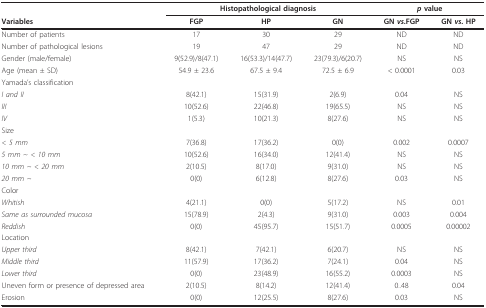
<table><thead><tr><td></td><td colspan="3"><b>Histopathological diagnosis</b></td><td colspan="2"><b><i>p </i>value</b></td></tr><tr><td><b>Variables</b></td><td><b>FGP</b></td><td><b>HP</b></td><td><b>GN</b></td><td><b>GN <i>vs</i>.FGP</b></td><td><b>GN <i>vs</i>. HP</b></td></tr></thead><tbody><tr><td>Number of patients</td><td>17</td><td>30</td><td>29</td><td>ND</td><td>ND</td></tr><tr><td>Number of pathological lesions</td><td>19</td><td>47</td><td>29</td><td>ND</td><td>ND</td></tr><tr><td>Gender (male/female)</td><td>9(52.9)/8(47.1)</td><td>16(53.3)/14(47.7)</td><td>23(79.3)/6(20.7)</td><td>NS</td><td>NS</td></tr><tr><td>Age (mean ± SD)</td><td>54.9 ± 23.6</td><td>67.5 ± 9.4</td><td>72.5 ± 6.9</td><td>&lt; 0.0001</td><td>0.03</td></tr><tr><td colspan="6">Yamada&#x27;s classification</td></tr><tr><td><i>I and II</i></td><td>8(42.1)</td><td>15(31.9)</td><td>2(6.9)</td><td>0.04</td><td>NS</td></tr><tr><td><i>III</i></td><td>10(52.6)</td><td>22(46.8)</td><td>19(65.5)</td><td>NS</td><td>NS</td></tr><tr><td><i>IV</i></td><td>1(5.3)</td><td>10(21.3)</td><td>8(27.6)</td><td>NS</td><td>NS</td></tr><tr><td colspan="6">Size</td></tr><tr><td><i>&lt; 5 mm</i></td><td>7(36.8)</td><td>17(36.2)</td><td>0(0)</td><td>0.002</td><td>0.0007</td></tr><tr><td><i>5 mm ~ &lt; 10 mm</i></td><td>10(52.6)</td><td>16(34.0)</td><td>12(41.4)</td><td>NS</td><td>NS</td></tr><tr><td><i>10 mm ~ &lt; 20 mm</i></td><td>2(10.5)</td><td>8(17.0)</td><td>9(31.0)</td><td>NS</td><td>NS</td></tr><tr><td><i>20 mm ~</i></td><td>0(0)</td><td>6(12.8)</td><td>8(27.6)</td><td>0.03</td><td>NS</td></tr><tr><td colspan="6">Color</td></tr><tr><td><i>Whitish</i></td><td>4(21.1)</td><td>0(0)</td><td>5(17.2)</td><td>NS</td><td>0.01</td></tr><tr><td><i>Same as surrounded mucosa</i></td><td>15(78.9)</td><td>2(4.3)</td><td>9(31.0)</td><td>0.003</td><td>0.004</td></tr><tr><td><i>Reddish</i></td><td>0(0)</td><td>45(95.7)</td><td>15(51.7)</td><td>0.0005</td><td>0.00002</td></tr><tr><td colspan="6">Location</td></tr><tr><td><i>Upper third</i></td><td>8(42.1)</td><td>7(42.1)</td><td>6(20.7)</td><td>NS</td><td>NS</td></tr><tr><td><i>Middle third</i></td><td>11(57.9)</td><td>17(36.2)</td><td>7(24.1)</td><td>0.04</td><td>NS</td></tr><tr><td><i>Lower third</i></td><td>0(0)</td><td>23(48.9)</td><td>16(55.2)</td><td>0.0003</td><td>NS</td></tr><tr><td>Uneven form or presence of depressed area</td><td>2(10.5)</td><td>8(14.2)</td><td>12(41.4)</td><td>0..48</td><td>0.04</td></tr><tr><td>Erosion</td><td>0(0)</td><td>12(25.5)</td><td>8(27.6)</td><td>0.03</td><td>NS</td></tr></tbody></table>